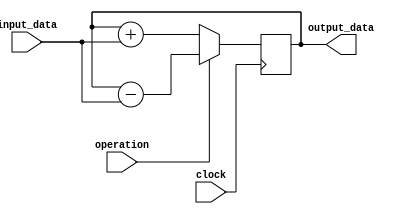
module accumulator(
    input wire [31:0] input_data,
    input wire operation, // 0: addition, 1: subtraction
    input wire clock,
    output reg [31:0] output_data
);

reg [31:0] accumulated_sum;

always @(posedge clock) begin
    if(operation == 0) begin
        accumulated_sum <= accumulated_sum + input_data;
    end
    else begin
        accumulated_sum <= accumulated_sum - input_data;
    end
end

assign output_data = accumulated_sum;

endmodule